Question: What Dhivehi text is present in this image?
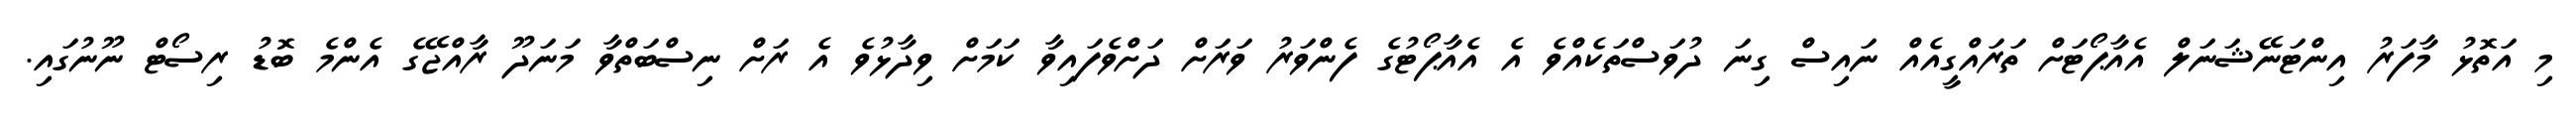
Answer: މި އަތޮޅު މާފަރު އިންޓަނޭޝަނަލް އެއާޕޯޓަށް ތަރައްގީއެއް ނައިސް ގިނަ ދުވަސްތަކެއްވެ އެ އެއާޕޯޓުގެ ފެންވަރު ވަރަށް ދަށްވެފައިވާ ކަމަށް ވިދާޅުވެ އެ ރަށް ނިސްބަތްވާ މަނަދޫ ރާއްޖޭގެ އެންމެ ބޮޑު ރިސޯޓް ނޫނުގައި.